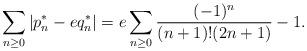
LaTeX: \begin{align*}\sum_{n \geq 0} |p_n^* - e q_n^*| = e \sum_{n \geq 0} \frac{(-1)^n}{(n+1)!(2n+1)} - 1.\end{align*}